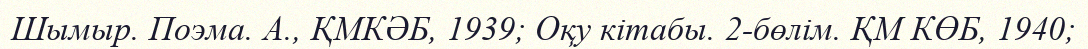
Шымыр. Поэма. А., ҚМКӘБ, 1939; Оқу кітабы. 2-бөлім. ҚМ КӨБ, 1940;